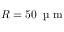
R = 5 0 \, \mathrm { ~ \textmu ~ m ~ }